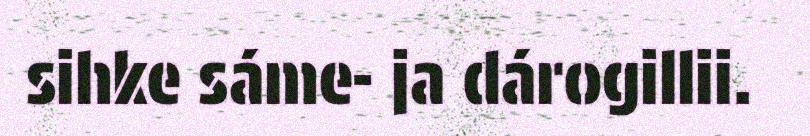
sihke sáme- ja dárogillii.